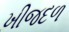
ખીજદળ